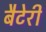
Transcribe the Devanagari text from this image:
बैटेरी